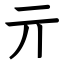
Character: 亓